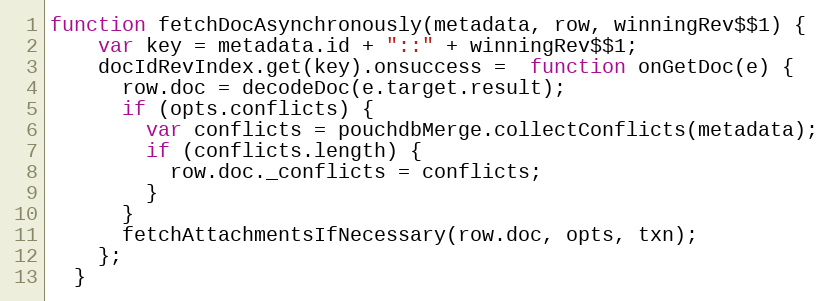
Language: JavaScript
function fetchDocAsynchronously(metadata, row, winningRev$$1) {
    var key = metadata.id + "::" + winningRev$$1;
    docIdRevIndex.get(key).onsuccess =  function onGetDoc(e) {
      row.doc = decodeDoc(e.target.result);
      if (opts.conflicts) {
        var conflicts = pouchdbMerge.collectConflicts(metadata);
        if (conflicts.length) {
          row.doc._conflicts = conflicts;
        }
      }
      fetchAttachmentsIfNecessary(row.doc, opts, txn);
    };
  }